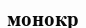
монокр